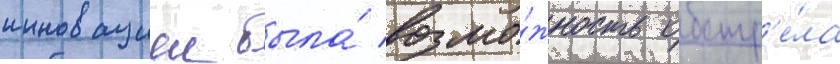
инновациеи была́ возмо́жность обстр'е́ла